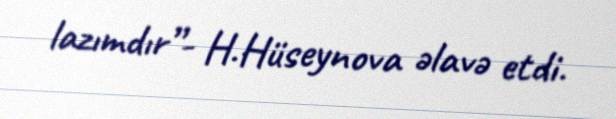
lazımdır”- H.Hüseynova əlavə etdi.